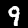
Digit: 9